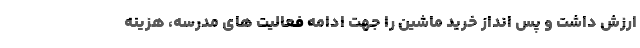
ارزش داشت و پس انداز خرید ماشین را جهت ادامه فعالیت های مدرسه، هزینه